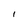
Character: l